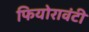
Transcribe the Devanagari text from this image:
फियोरावंटी